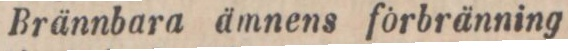
Brännbara ämnens förbränning